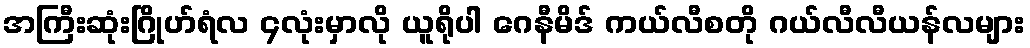
အကြီးဆုံးဂြိုဟ်ရံလ ၄လုံးမှာလို ယူရိုပါ ဂေနီမိဒ် ကယ်လီစတို ဂယ်လီလီယန်လများ